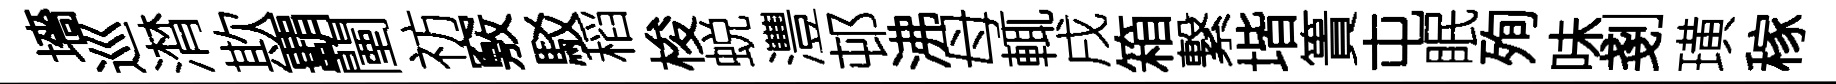
墻巡潸欺覇闉祊竅駁稻梭蜕灃邨沸母輒戌箱繋堦簣屯眠殉味剗璜稼